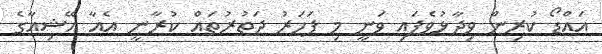
އައްޑޯ ކުރިން ވިދާޅުވެފައި ވަނީ މި ފަހަރު ދަތުރުތައް ކުރާނީ އެއާ އޭޝިއާގެ